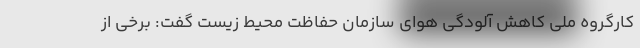
کارگروه ملی کاهش آلودگی هوای سازمان حفاظت محیط زیست گفت: برخي از